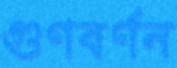
গুণবর্ণন